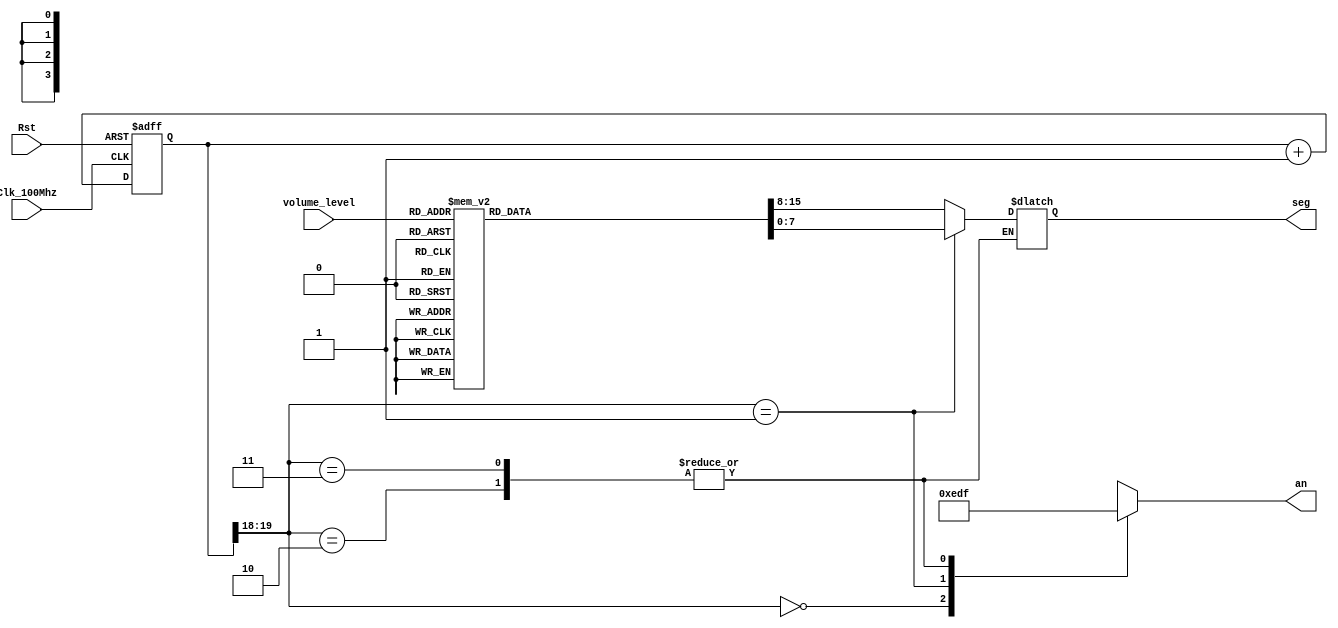
`timescale 1ns / 1ps
//////////////////////////////////////////////////////////////////////////////////
// Company: 
// Engineer: 
// 
// Design Name: 
// Module Name: Sevenseg_Controller
// Project Name: 
// Target Devices: 
// Tool Versions: 
// Description: 
// 
// Dependencies: 
// 
// Revision:
// Revision 0.01 - File Created
// Additional Comments:
// 
//////////////////////////////////////////////////////////////////////////////////


module Sevenseg_Controller(
    input Clk_100Mhz, 
    input Rst, 
    input [3:0]volume_level, 
	output reg [3:0]an, 
	output reg [7:0]seg
    );


//Seven segment display logic	

reg [19:0] RefreshCnt=0; 	// 20-bit counter used for creating 10.49ms refresh period or 95Hz refresh rate
								// the first 2 MSB bits for creating 4 LED-activating signals with 2.6ms digit period
wire [1:0] LedActivateCnt; 	// 0    	->  1  		->  2  		->  3
reg [7:0] seg_digit1;
reg [7:0] seg_digit0;

/*								// DIGIT1    	DIGIT2   	DIGIT3   	DIGIT4
A scanning display controller circuit can be used to show a four-digit number on this display. This circuit drives the
anode signals and corresponding cathode patterns of each digit in a repeating, continuous succession at an update
rate that is faster than the human eye can detect. Each digit is illuminated just one-fourth of the time, but because
the eye cannot perceive the darkening of a digit before it is illuminated again, the digit appears continuously
illuminated. If the update, or "refresh", rate is slowed to around 45Hz, a flicker can be noticed in the display.

For each of the four digits to appear bright and continuously illuminated, all four digits should be driven once every
1 to 16ms, for a refresh frequency of about 1 KHz to 60Hz. For example, in a 62.5Hz refresh scheme, the entire
display would be refreshed once every 16ms, and each digit would be illuminated for 1/4 of the refresh cycle, or
4ms. The controller must drive the cathodes low with the correct pattern when the corresponding anode signal is
driven high. To illustrate the process, if AN0 is asserted while CB and CC are asserted, then a "1" will be displayed
*/

//Refresh count logic
	always @(posedge Clk_100Mhz or posedge Rst)
    begin 
        if(Rst==1)
            RefreshCnt <= 0;
        else
            RefreshCnt <= RefreshCnt + 1;
    end 
	
	//LED activate counter
    assign LedActivateCnt = RefreshCnt[19:18];								
	
//assign an 	= 4'b1100; //AN1 & AN2 ON ; AN3 & AN4 OFF

//seven segment data output
	always @(*)
		begin
			case(LedActivateCnt)
			2'b00: begin
						seg		= seg_digit0;
						an 		= 4'b1110; //activate Digit0 and Deactivate digit1-3
					end
			2'b01: begin
						seg		= seg_digit1;
						an 		= 4'b1101; //activate Digit1 and Deactivate digit0, digit2 & digit3
					end
			2'b10: begin
						an 		= 4'b1111; // all off because digit 2 is not used
					end
			2'b11: begin
						an 		= 4'b1111; // all off because digit 3 is not used
					end
			endcase
		end

// seven segment data selection
	always @ (*)begin
        case(volume_level)
            4'd0:
				begin
					seg_digit1 = 8'b1_0000001;// "0"  {DP,CA,CB,CC,CD,CE,CF,CG}    (Active low)
					seg_digit0 = 8'b1_0000001;// "0"
				end
			4'd1:
				begin
					seg_digit1 = 8'b1_0000001;// "0" 
					seg_digit0 = 8'b1_1001111; //"1"
				end
			4'd2:
				begin
					seg_digit1 = 8'b1_0000001;	// "0"
					seg_digit0 = 8'b1_0010010; // "2"
				end
			4'd3: 
				begin
					seg_digit1 = 8'b1_0000001;	// "0"
					seg_digit0 =  8'b1_0000110; // "3" 
				end
			4'd4: 
				begin
					seg_digit1 = 8'b1_0000001;	// "0"
					seg_digit0 =  8'b1_1001100; // "4" 
				end
			4'd5:
				begin
					seg_digit1 = 8'b1_0000001;	// "0"
					seg_digit0 = 8'b1_0100100; // "5" 
				end
			4'd6: 
				begin
					seg_digit1 = 8'b1_0000001;	// "0"
					seg_digit0 = 8'b1_0100000; // "6"
				end
			4'd7: 
				begin
					seg_digit1 = 8'b1_0000001;	// "0"
					seg_digit0 = 8'b1_0001111; // "7"
				end
			4'd8: 
				begin
					seg_digit1 = 8'b1_0000001;	// "0"
					seg_digit0 = 8'b1_0000000; // "8"
				end
			4'd9: 
				begin
					seg_digit1 = 8'b1_0000001;	// "0"
					seg_digit0 = 8'b1_0000100; // "9"
				end
			4'd10: 
				begin
					seg_digit1 = 8'b1_1001111;// "1" 
					seg_digit0 = 8'b1_0000001; //"0"
				end
			4'd11: 
				begin
					seg_digit1 = 8'b1_1001111;	// "1"
					seg_digit0 = 8'b1_1001111; // "1"
				end
			4'd12: 
				begin
					seg_digit1 = 8'b1_1001111;	// "1"
					seg_digit0 = 8'b1_0010010; // "2"
				end 
			4'd13: 
				begin
					seg_digit1 = 8'b1_1001111;	// "1"
					seg_digit0 = 8'b1_0000110; // "3"
				end
			4'd14: 
				begin
					seg_digit1 = 8'b1_1001111;	// "1"
					seg_digit0 = 8'b1_1001100; // "4"
				end 
			4'd15: 
				begin
					seg_digit1 = 8'b1_1001111;	// "1"
					seg_digit0 = 8'b1_0100100; // "5"
				end
            default:
              begin
					seg_digit1 = 8'b1_0000001;	// "0"
					seg_digit0 = 8'b1_0000001; // "0"
				end
            
       endcase
	end

endmodule